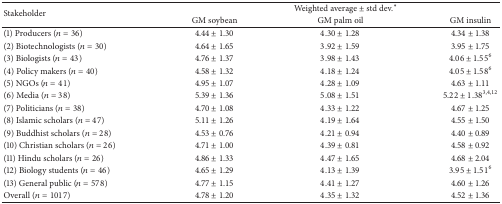
<table><thead><tr><td rowspan="2"><b>Stakeholder</b></td><td colspan="3"><b>Weighted average ± std dev.*</b></td></tr><tr><td><b>GM soybean</b></td><td><b>GM palm oil</b></td><td><b>GM insulin</b></td></tr></thead><tbody><tr><td>(1) Producers (<i>n</i> = 36)</td><td>4.44 ± 1.30</td><td>4.30 ± 1.28</td><td>4.34 ± 1.38</td></tr><tr><td>(2) Biotechnologists (<i>n</i> = 30)</td><td>4.64 ± 1.65</td><td>3.92 ± 1.59</td><td>3.95 ± 1.75</td></tr><tr><td>(3) Biologists (<i>n</i> = 43)</td><td>4.76 ± 1.37</td><td>3.98 ± 1.43</td><td>4.06 ± 1.55<sup>6</sup></td></tr><tr><td>(4) Policy makers (<i>n</i> = 40)</td><td>4.58 ± 1.32</td><td>4.18 ± 1.24</td><td>4.05 ± 1.58<sup>6</sup></td></tr><tr><td>(5) NGOs (<i>n</i> = 41)</td><td>4.95 ± 1.07</td><td>4.28 ± 1.09</td><td>4.63 ± 1.11</td></tr><tr><td>(6) Media (<i>n</i> = 38)</td><td>5.39 ± 1.36</td><td>5.08 ± 1.51</td><td>5.22 ± 1.38<sup>3,4,12</sup></td></tr><tr><td>(7) Politicians (<i>n</i> = 38)</td><td>4.70 ± 1.08</td><td>4.33 ± 1.22</td><td>4.67 ± 1.25</td></tr><tr><td>(8) Islamic scholars (<i>n</i> = 47)</td><td>5.11 ± 1.26</td><td>4.19 ± 1.64</td><td>4.55 ± 1.50</td></tr><tr><td>(9) Buddhist scholars (<i>n</i> = 28)</td><td>4.53 ± 0.76</td><td>4.21 ± 0.94</td><td>4.40 ± 0.89</td></tr><tr><td>(10) Christian scholars (<i>n</i> = 26)</td><td>4.71 ± 1.00</td><td>4.39 ± 0.81</td><td>4.58 ± 0.92</td></tr><tr><td>(11) Hindu scholars (<i>n</i> = 26)</td><td>4.86 ± 1.33</td><td>4.47 ± 1.65</td><td>4.68 ± 2.04</td></tr><tr><td>(12) Biology students (<i>n</i> = 46)</td><td>4.65 ± 1.29</td><td>4.13 ± 1.39</td><td>3.95 ± 1.51<sup>6</sup></td></tr><tr><td>(13) General public (<i>n</i> = 578)</td><td>4.77 ± 1.15</td><td>4.41 ± 1.27</td><td>4.60 ± 1.26</td></tr><tr><td>Overall (<i>n</i> = 1017)</td><td>4.78 ± 1.20</td><td>4.35 ± 1.32</td><td>4.52 ± 1.36</td></tr></tbody></table>